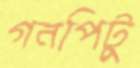
গনপিটু